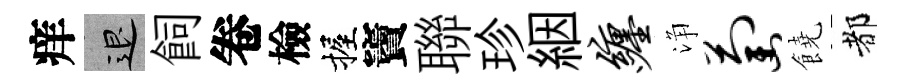
痒退飼卷檢握竇聯珍絪缠浄萄饒都